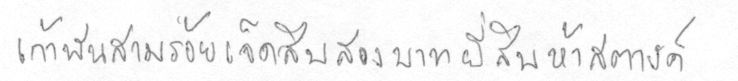
เก้าพันสามร้อยเจ็ดสิบสองบาทยี่สิบห้าสตางค์